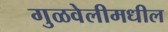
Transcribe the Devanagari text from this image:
गुळवेलीमधील